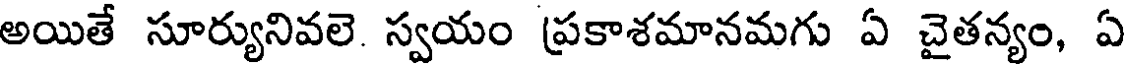
అయితే సూర్యునివలె. స్వయం ప్రకాశమానమగు ఏ చైతన్యం, ఏ